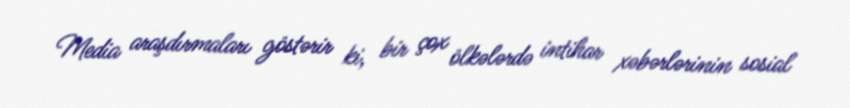
Media araşdırmaları göstərir ki, bir çox ölkələrdə intihar xəbərlərinin sosial